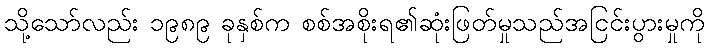
သို့သော်လည်း ၁၉၈၉ ခုနှစ်က စစ်အစိုးရ၏ဆုံးဖြတ်မှုသည်အငြင်းပွားမှုကို